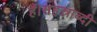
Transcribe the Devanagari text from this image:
है।सहस्राब्दी